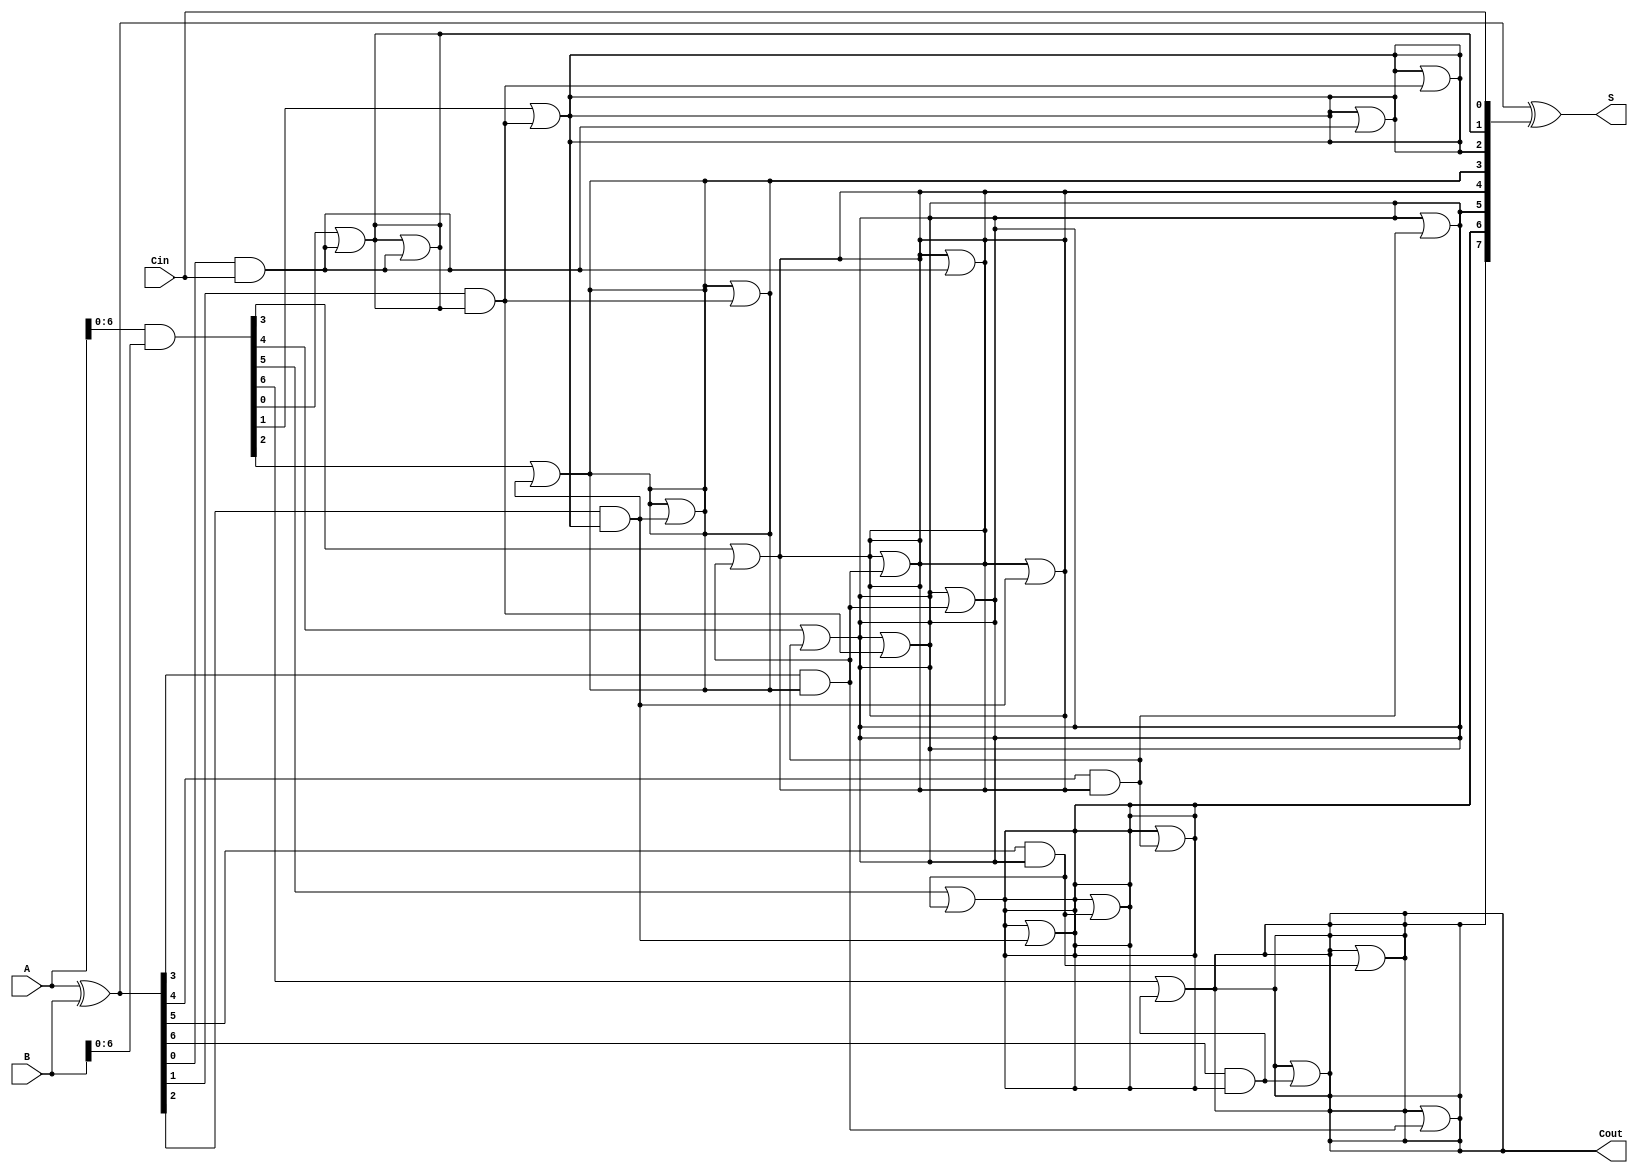
module KoggeStoneAdder #(parameter n = 8) (
    input  [n-1:0] A,      // First operand
    input  [n-1:0] B,      // Second operand
    input         Cin,      // Carry-in
    output [n-1:0] S,      // Sum output
    output        Cout      // Carry-out
);

    // Generate and propagate signals
    wire [n-1:0] P; // Propagate
    wire [n-1:0] G; // Generate
    wire [n-1:0] C; // Carry signals

    // Calculate propagate and generate signals
    assign P = A ^ B; // P[i] = A[i] XOR B[i]
    assign G = A & B; // G[i] = A[i] AND B[i]

    // Initialize carry signals
    assign C[0] = Cin; // C[0] is the input carry

    // Kogge-Stone carry generation
    genvar i, j;
    generate
        // Stage 1
        for (i = 0; i < n; i = i + 1) begin
            if (i > 0) begin
                assign C[i] = G[i-1] | (P[i-1] & C[i-1]);
            end
        end

        // Additional stages for carry generation
        for (j = 1; j < n; j = j * 2) begin
            for (i = 0; i < n; i = i + 1) begin
                if (i >= j) begin
                    assign C[i] = C[i] | (P[i-j] & C[i-j]);
                end
            end
        end
    endgenerate

    // Sum calculation
    assign S = P ^ C[n-1:0]; // S[i] = P[i] XOR C[i]

    // Carry-out
    assign Cout = C[n-1]; // Last carry is the carry-out

endmodule